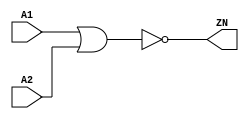
module NOR2_X2 (A1, A2, ZN);
  input A1;
  input A2;
  output ZN;

  not(ZN, i_10);
  or(i_10, A1, A2);


endmodule